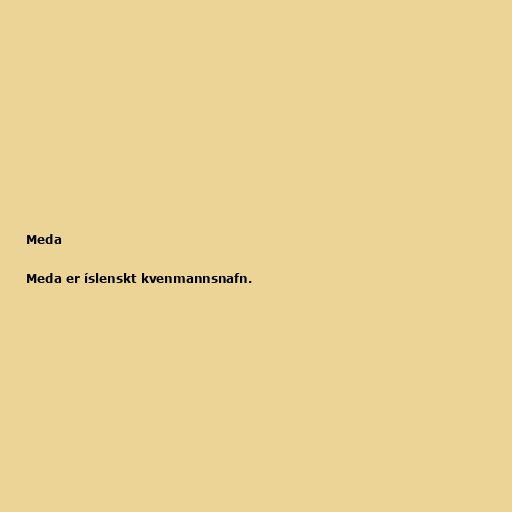
Meda

Meda er íslenskt kvenmannsnafn.